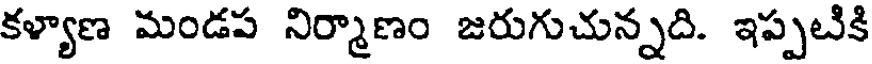
కళ్యాణ మండప నిర్మాణం జరుగుచున్నది. ఇప్పటికి